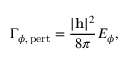
\Gamma _ { \phi , \, \mathrm { p e r t } } = \frac { \vert { \bf h } \vert ^ { 2 } } { 8 \pi } E _ { \phi } ,